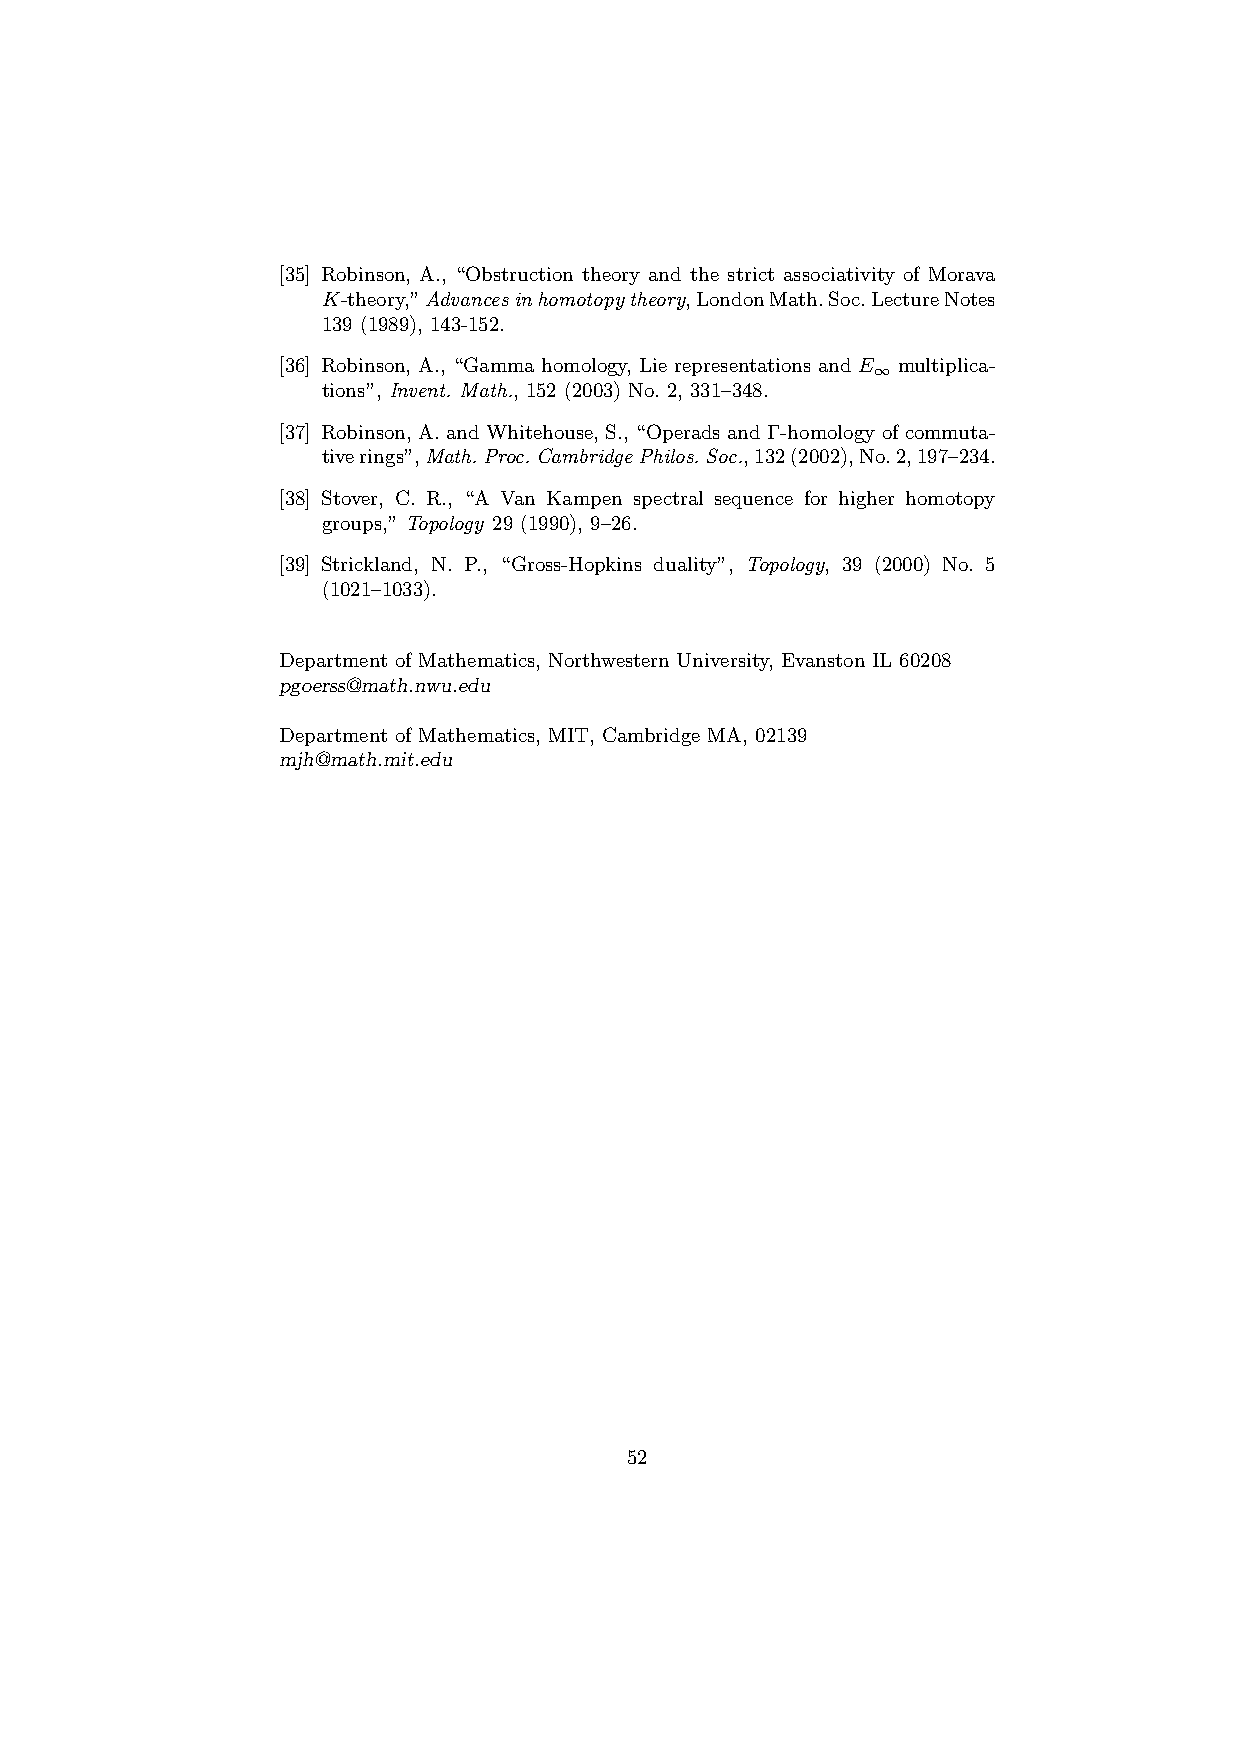
[35] Robinson, A., “Obstruction theory and the strict associativity of Morava
 K-theory,”Advancesinhomotopytheory,LondonMath.Soc.LectureNotes
 139 (1989), 143-152.
 [36] Robinson, A., “Gamma homology, Lie representations and E multiplica-
 ∞
 tions”, Invent. Math., 152 (2003) No. 2, 331–348.
 [37] Robinson, A. and Whitehouse, S., “Operads and Γ-homology of commuta-
 tiverings”,Math.Proc.CambridgePhilos.Soc.,132(2002),No.2,197–234.
 [38] Stover, C. R., “A Van Kampen spectral sequence for higher homotopy
 groups,” Topology 29 (1990), 9–26.
 [39] Strickland, N. P., “Gross-Hopkins duality”, Topology, 39 (2000) No. 5
 (1021–1033).
 Department of Mathematics, Northwestern University, Evanston IL 60208
 pgoerss@math.nwu.edu
 Department of Mathematics, MIT, Cambridge MA, 02139
 mjh@math.mit.edu
 52